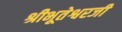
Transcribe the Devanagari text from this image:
श्रीभूतेश्वरजी